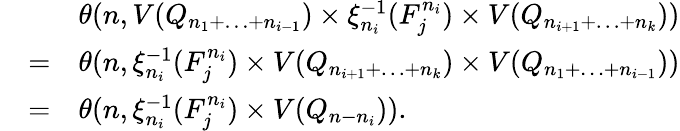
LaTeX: \begin{array}{rcl}&&{\theta(n,V(Q_{n_{1}+\ldots+n_{i-1}})\times\xi_{n_{i}}^{-1}(F_{j}^{n_{i}})\times V(Q_{n_{i+1}+\ldots+n_{k}}))}\\ &{=}&{\theta(n,\xi_{n_{i}}^{-1}(F_{j}^{n_{i}})\times V(Q_{n_{i+1}+\ldots+n_{k}})\times V(Q_{n_{1}+\ldots+n_{i-1}}))}\\ &{=}&{\theta(n,\xi_{n_{i}}^{-1}(F_{j}^{n_{i}})\times V(Q_{n-n_{i}})).}\end{array}